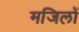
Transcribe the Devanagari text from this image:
मजिलों